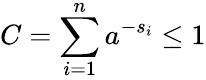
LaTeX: C=\sum_{i=1}^{n}a^{-s_{i}}\leq 1